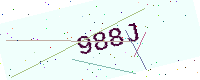
Text: 988J